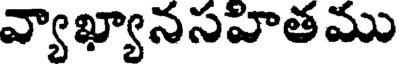
వ్యాఖ్యానసహితము